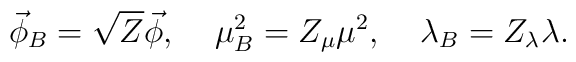
\vec{\phi}_B = \sqrt{Z} \vec{\phi}, \;\;\;\; \mu_B^2 = Z_\mu \mu^2, \;\;\;\; \lambda_B = Z_\lambda \lambda .